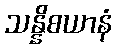
သန္နိစယာနံ